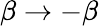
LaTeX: \beta\rightarrow-\beta